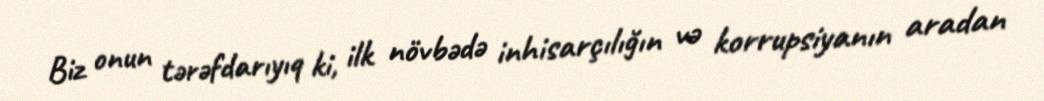
Biz onun tərəfdarıyıq ki, ilk növbədə inhisarçılığın və korrupsiyanın aradan